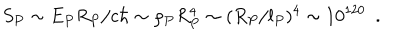
S _ { P } \sim E _ { P } R _ { P } / c \hbar \sim \rho _ { P } R _ { P } ^ { 4 } \sim ( R _ { P } / l _ { P } ) ^ { 4 } \sim 1 0 ^ { 1 2 0 } ~ ~ .